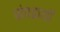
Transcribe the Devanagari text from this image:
संपद्रायों